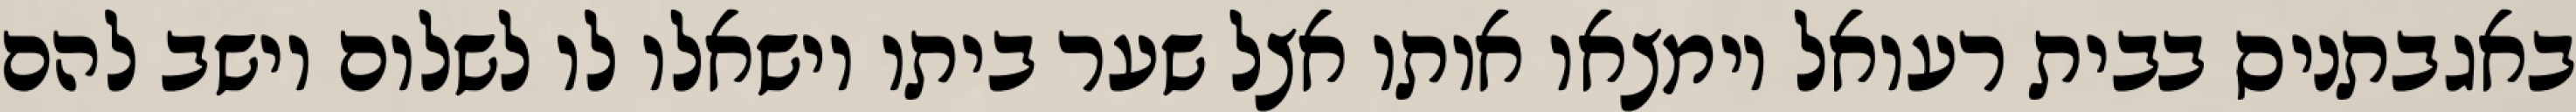
באגבתניס בבית רעואל וימצאו אותו אצל שער ביתו וישאלו לו לשלום וישב להם